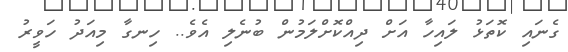
ގެނައި ކޮތަޅު ލައިހާ އަށް ދިއްކޮށްލަމުން ބުނެލި އެވެ.. ހިނގާ މިއަދު ހަވީރު